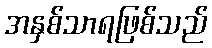
အနှစ်သာရဖြစ်သည်